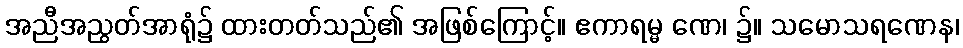
အညီအညွတ်အာရုံ၌ ထားတတ်သည်၏ အဖြစ်ကြောင့်။ ဧကာရမ္မ ဏေ၊ ၌။ သမောသရဏေန၊